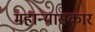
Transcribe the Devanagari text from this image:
महान्यासकार